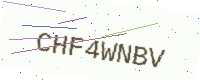
Text: CHF4WNBV